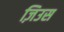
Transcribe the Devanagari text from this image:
ज़िउस